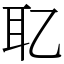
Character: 䎲